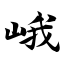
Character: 峨